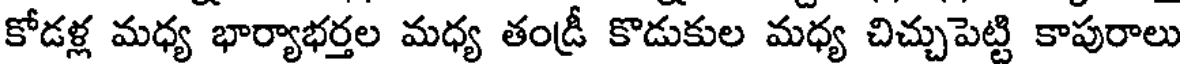
కోడళ్ల మధ్య భార్యాభర్తల మధ్య తండ్రీ కొడుకుల మధ్య చిచ్చుపెట్టి కాపురాలు